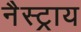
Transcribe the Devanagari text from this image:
नैस्ट्राय